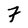
Character: 7